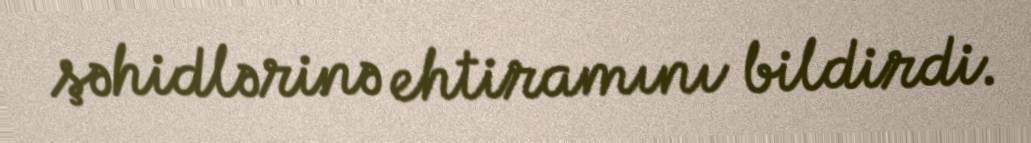
şəhidlərinə ehtiramını bildirdi.